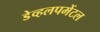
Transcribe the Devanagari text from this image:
डेव्हलपमेंटल